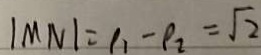
\vert M N \vert = \rho _ { 1 } - \rho _ { 2 } = \sqrt { 2 }